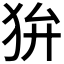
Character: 𤝏